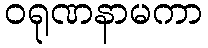
ဝရုဏနာမကာ